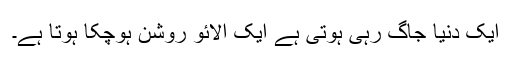
ایک دنیا جاگ رہی ہوتی ہے ایک آلائو روشن ہوچکا ہوتا ہے۔